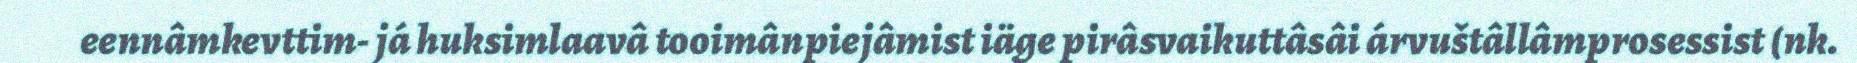
eennâmkevttim- já huksimlaavâ tooimânpiejâmist iäge pirâsvaikuttâsâi árvuštâllâmprosessist (nk.